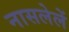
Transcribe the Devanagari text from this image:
नासलेलें